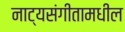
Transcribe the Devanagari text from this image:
नाट्यसंगीतामधील